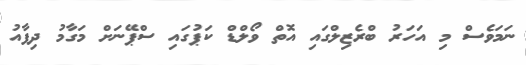
ނަމަވެސް މި އަހަރު ބްރެޒިލްގައި އޮތް ވޯލްޑް ކަޕުގައި ސްޕޭނަށް މަގާމު ދިފާއު